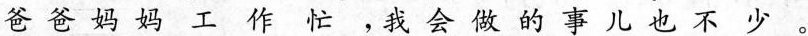
爸爸妈妈工作忙，我会做的事儿也不少。